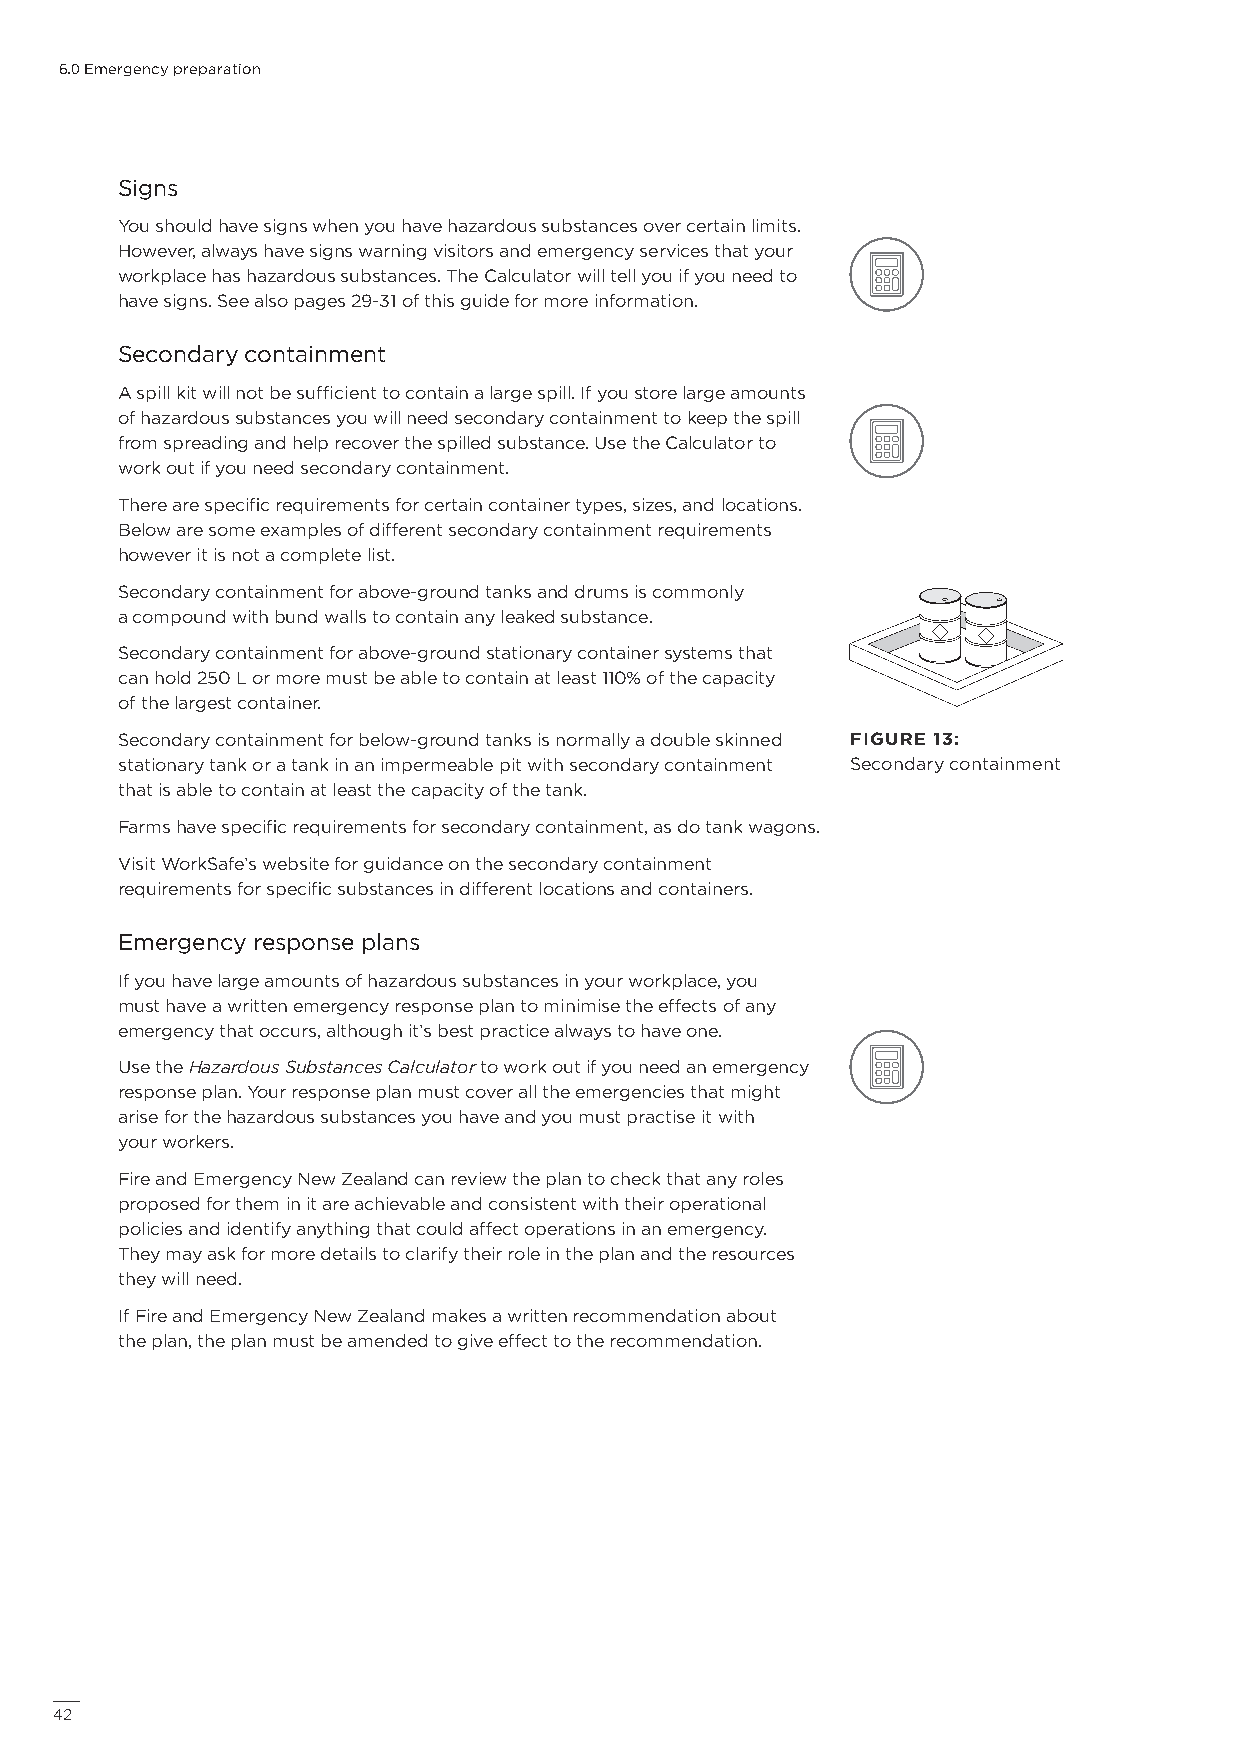
6.0 Emergency preparation
 Signs
 You should have signs when you have hazardous substances over certain limits.
 However, always have signs warning visitors and emergency services that your
 workplace has hazardous substances. The Calculator will tell you if you need to
 have signs. See also pages 29-31 of this guide for more information.
 Secondary containment
 A spill kit will not be sufficient to contain a large spill. If you store large amounts
 of hazardous substances you will need secondary containment to keep the spill
 from spreading and help recover the spilled substance. Use the Calculator to
 work out if you need secondary containment.
 There are specific requirements for certain container types, sizes, and locations.
 Below are some examples of different secondary containment requirements
 however it is not a complete list.
 Secondary containment for above-ground tanks and drums is commonly
 a compound with bund walls to contain any leaked substance.
 Secondary containment for above-ground stationary container systems that
 can hold 250 L or more must be able to contain at least 110% of the capacity
 of the largest container.
 Secondary containment for below-ground tanks is normally a double skinned FIGURE 13:
 stationary tank or a tank in an impermeable pit with secondary containment Secondary containment
 that is able to contain at least the capacity of the tank.
 Farms have specific requirements for secondary containment, as do tank wagons.
 Visit WorkSafe’s website for guidance on the secondary containment
 requirements for specific substances in different locations and containers.
 Emergency response plans
 If you have large amounts of hazardous substances in your workplace, you
 must have a written emergency response plan to minimise the effects of any
 emergency that occurs, although it’s best practice always to have one.
 Use the Hazardous Substances Calculator to work out if you need an emergency
 response plan. Your response plan must cover all the emergencies that might
 arise for the hazardous substances you have and you must practise it with
 your workers.
 Fire and Emergency New Zealand can review the plan to check that any roles
 proposed for them in it are achievable and consistent with their operational
 policies and identify anything that could affect operations in an emergency.
 They may ask for more details to clarify their role in the plan and the resources
 they will need.
 If Fire and Emergency New Zealand makes a written recommendation about
 the plan, the plan must be amended to give effect to the recommendation.
 42